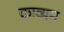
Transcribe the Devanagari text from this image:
काव्यम